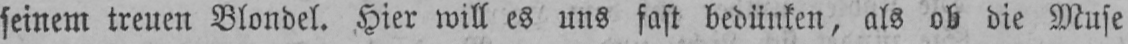
seinem treuen Blondel. Hier will es uns fast bedünken, als ob die Muse